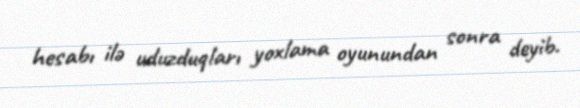
hesabı ilə uduzduqları yoxlama oyunundan sonra deyib.